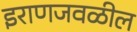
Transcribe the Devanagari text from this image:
इराणजवळील